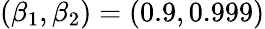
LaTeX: (\beta_{1},\beta_{2})=(0.9,0.999)